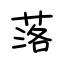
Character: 落